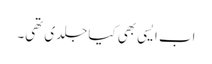
اب ایسی بھی کیا جلدی تھی۔